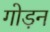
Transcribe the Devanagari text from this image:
गोड़न